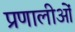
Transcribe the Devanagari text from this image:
प्रणालीओं